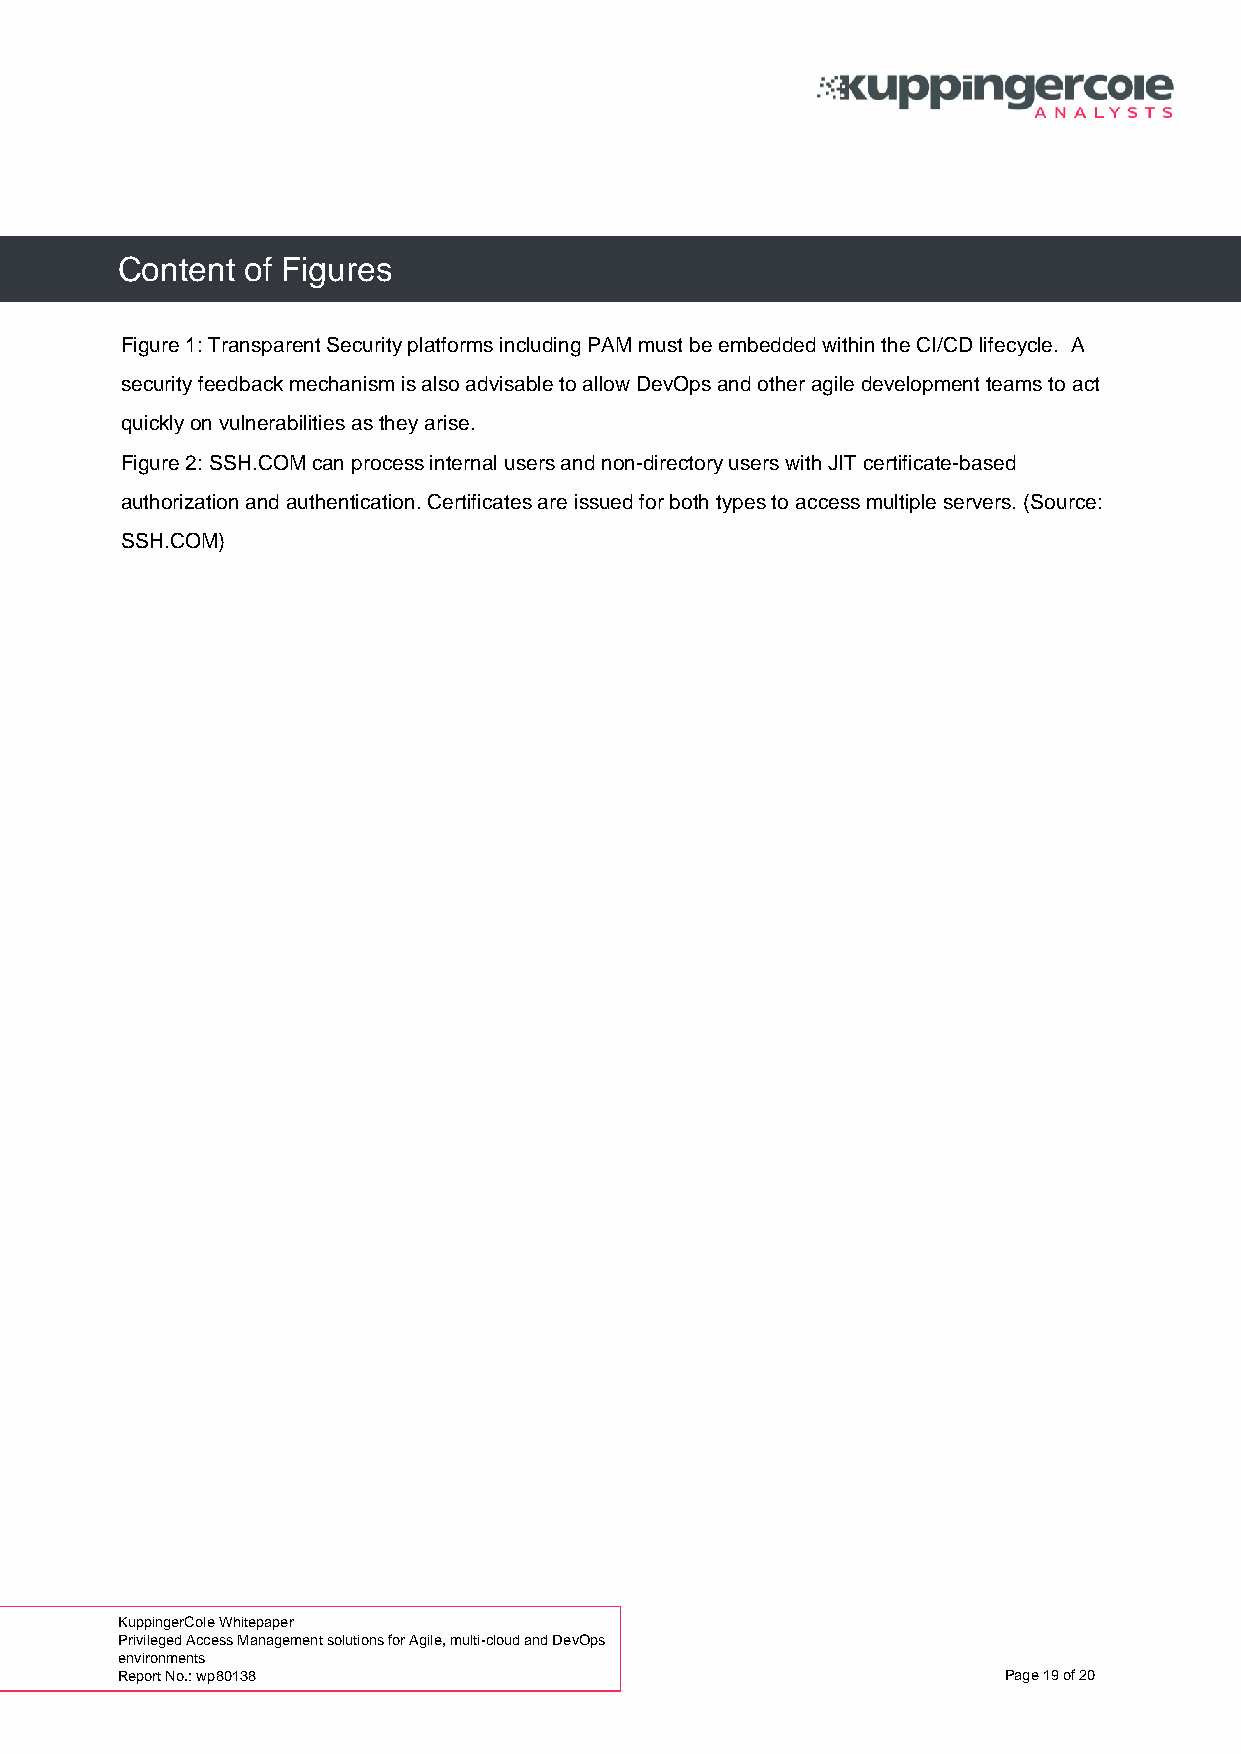
Content of Figures
 Figure 1: Transparent Security platforms including PAM must be embedded within the CI/CD lifecycle. A
 security feedback mechanism is also advisable to allow DevOps and other agile development teams to act
 quickly on vulnerabilities as they arise.
 Figure 2: SSH.COM can process internal users and non-directory users with JIT certificate-based
 authorization and authentication. Certificates are issued for both types to access multiple servers. (Source:
 SSH.COM)
 KuppingerCole Whitepaper
 Privileged Access Management solutions for Agile, multi-cloud and DevOps
 environments
 Report No.: wp80138                                       Page 19 of 20